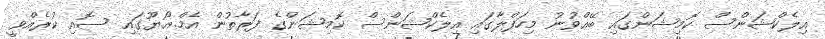
އިލެކްޝަންސް ކޮމިޝަންގައި ބޭއްވުނު މިހަފްލާގައި އިލެކްޝަންސް ކޮމިޝަންގެ ފަރާތުން އެމް.އޯ.ޔޫގައި ސޮއި ކުރެއްވީ